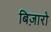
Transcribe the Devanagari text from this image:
बिज़ारो